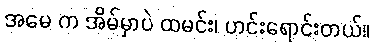
အမေ က အိမ်မှာပဲ ထမင်း၊ ဟင်းရောင်းတယ်။